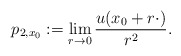
\begin{align*} p_{2,x_0} := \lim\limits_{r \rightarrow 0}\frac{u(x_0+r\cdot)}{r^2}.\end{align*}